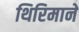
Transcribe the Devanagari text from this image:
थिरिमाने